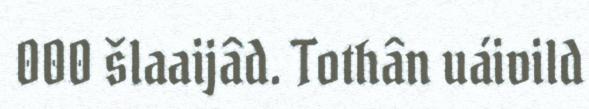
000 šlaaijâd. Tothân uáivild